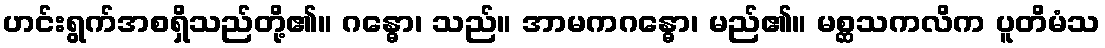
ဟင်းရွက်အစရှိသည်တို့၏။ ဂန္ဓော၊ သည်။ အာမကဂန္ဓော၊ မည်၏။ မစ္ဆသကလိက ပူတိမံသ